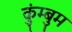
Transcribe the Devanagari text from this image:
कुंम्बुम